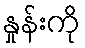
နှုန်းကို